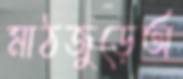
মাঠজুড়েঅ